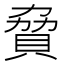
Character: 䝱